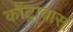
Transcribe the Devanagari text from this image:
कोंट्राबास